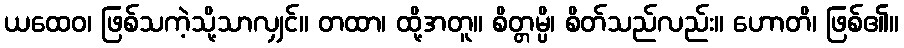
ယထေဝ၊ ဖြစ်သကဲ့သို့သာလျှင်။ တထာ၊ ထို့အတူ။ စိတ္တမ္ပိ၊ စိတ်သည်လည်း။ ဟောတိ၊ ဖြစ်၏။